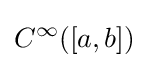
C^{\infty }([a,b])